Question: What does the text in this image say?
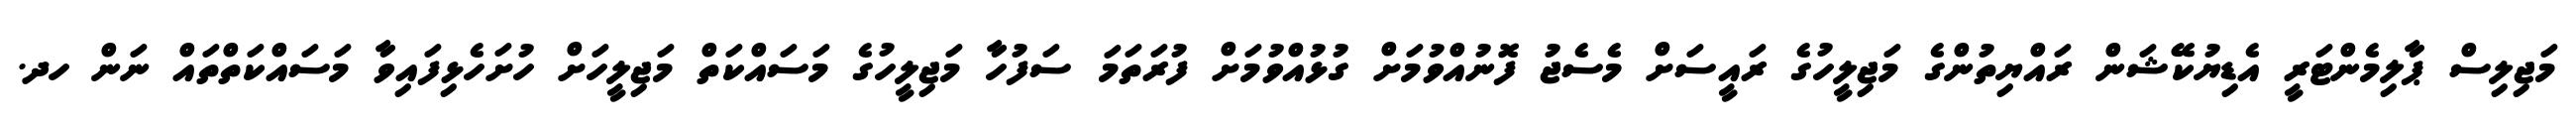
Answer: މަޖިލިސް ޕާލިމެންޓަރީ އެޑިޔުކޭޝަން ރައްޔިތުންގެ މަޖިލީހުގެ ރައީސަށް މެސެޖު ފޮނުއްވުމަށް ގުޅުއްވުމަށް ފުރަތަމަ ސަފުހާ މަޖިލީހުގެ މަސައްކަތް މަޖިލީހަށް ހުށަހެޅިފައިވާ މަސައްކަތްތައް ނަން ހދ.